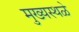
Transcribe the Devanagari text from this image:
मुख्यस्थळे